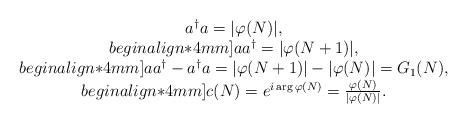
LaTeX: \begin{align*}\begin{array}{c}a^{\dagger} a = |\varphi (N)|,\\begin{align*}4mm]a a^{\dagger} = |\varphi (N+1)|,\\begin{align*}4mm]a a^{\dagger} - a^{\dagger} a = |\varphi (N+1)| - |\varphi (N)| =G_{1}(N),\\begin{align*}4mm]c(N) = e^{i \arg \varphi (N)} = \frac{\varphi (N)}{|\varphi (N)| }.\end{array}\end{align*}